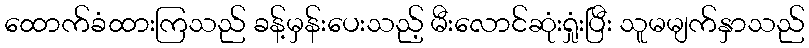
ထောက်ခံထားကြသည် ခန့်မှန်းပေးသည့် မီးလောင်ဆုံးရှုံးပြီး သူမမျက်နှာသည်